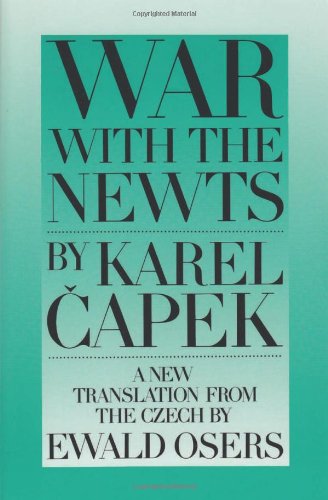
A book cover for War with the Newts; Karel Capek; Literature & Fiction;